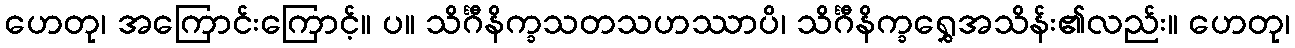
ဟေတု၊ အကြောင်းကြောင့်။ ပ။ သိင်္ဂီနိက္ခသတသဟဿာပိ၊ သိင်္ဂီနိက္ခရွှေအသိန်း၏လည်း။ ဟေတု၊